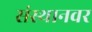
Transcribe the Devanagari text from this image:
संस्थानवर